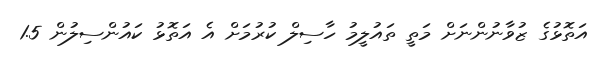
އަތޮޅުގެ ޒުވާނުންނަށް މަތީ ތައުލީމު ހާސިލް ކުރުމަށް އެ އަތޮޅު ކައުންސިލުން 1.5